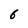
Character: 6